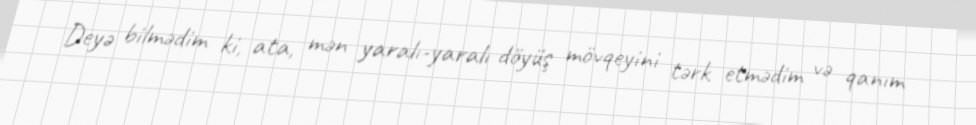
Deyə bilmədim ki, ata, mən yaralı-yaralı döyüş mövqeyini tərk etmədim və qanım